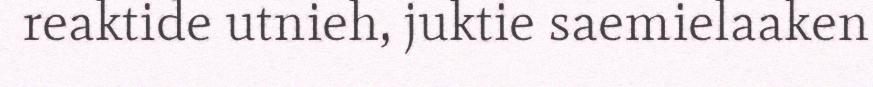
reaktide utnieh, juktie saemielaaken